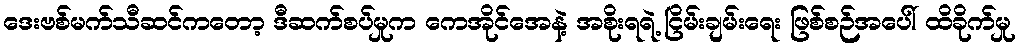
ဒေးဗစ်မက်သီဆင်ကတော့ ဒီဆက်စပ်မှုက ကေအိုင်အေနဲ့ အစိုးရရဲ့ ငြိမ်းချမ်းရေး ဖြစ်စဉ်အပေါ် ထိခိုက်မှု